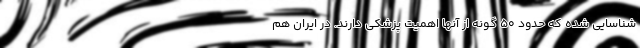
شناسایی شده که حدود ۵۰ گونه از آنها اهمیت پزشکی دارند. در ایران هم